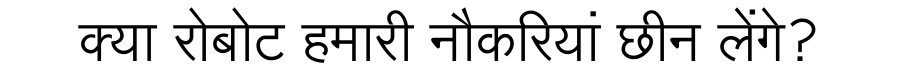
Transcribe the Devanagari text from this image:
क्या रोबोट हमारी नौकरियां छीन लेंगे?